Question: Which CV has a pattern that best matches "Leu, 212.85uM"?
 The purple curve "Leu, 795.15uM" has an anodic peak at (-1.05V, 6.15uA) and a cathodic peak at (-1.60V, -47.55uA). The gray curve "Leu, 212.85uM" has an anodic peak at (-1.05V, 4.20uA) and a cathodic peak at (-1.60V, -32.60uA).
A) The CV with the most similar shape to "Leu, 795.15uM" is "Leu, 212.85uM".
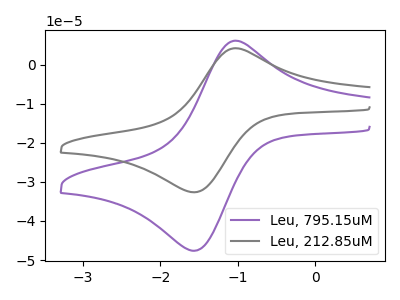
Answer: <think>All the peaks in "Leu, 795.15uM" have a peak in "Leu, 212.85uM" at the same potential. Every peak in "Leu, 795.15uM" is higher than every peak in "Leu, 212.85uM".
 </think>
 <answer>A) The CV with the most similar shape to "Leu, 795.15uM" is "Leu, 212.85uM".</answer>
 <eval>A</eval>